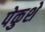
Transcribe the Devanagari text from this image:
पेकुशे